Indian journal of veterinary science and animal husbandry - Volumes 26-27, 1956-1957
Year: 1956
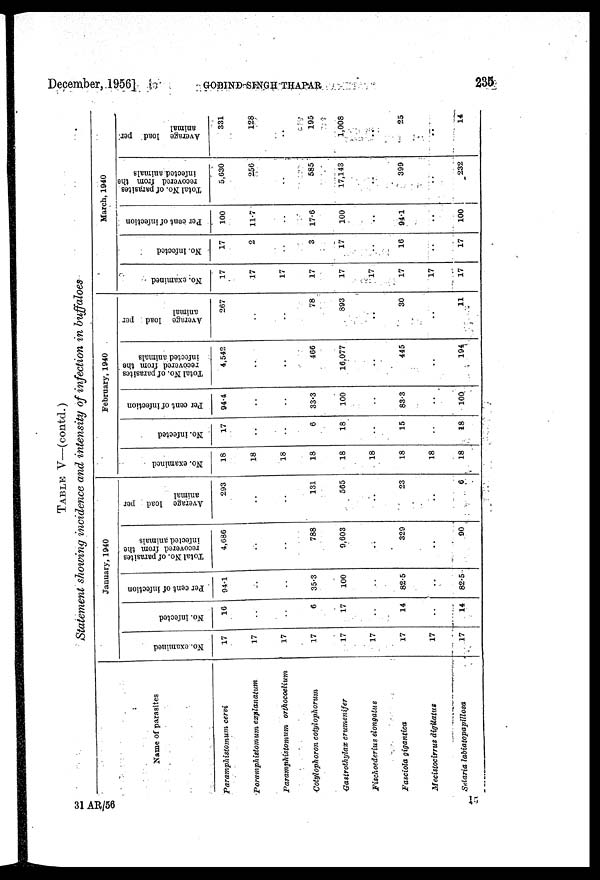
December,
1956]
GOBIND
SINGH
THAPAR
235
TABLE V—(contd.)
Statement showing incidence and intensity of infection in buffaloes
Name of parasites
Paramphistomum cervi
Poramphistomum
explanatum
Paramphistomum
orthocoelium
Cotylophoron cotylophorum
Gastrothylax crumenifer
Fischoederius elongatus
Fasciola gigantica
Mecistocirrus digitatus
Setaria labiatopapillosa
January, 1940
No. examined
17
17
17
17
17
17
17
17
17
No. infected
16
..
..
6
17
..
14
..
14
Per cent of infection
94.1
..
..
35.3
100
..
82.5
..
82.5
Total No. of parasites
recovered from the
infected animals
4,686
..
..
788
9,603
..
329
..
90
Average load per
animal
293
..
..
131
565
..
23
..
6
February, 1940
No. examined
18
18
18
18
18
18
18
18
18
No. infected
17
..
..
6
18
..
15
..
18
Per cent of infection
94.4
..
..
33.3
100
..
83.3
..
100
Total No. of parasites
recovered from the
infected animals
4,542
..
..
466
16,077
..
445
..
194
Average load per
animal
267
..
..
78
893
..
30
..
11
March, 1940
No. examined
17
17
17
17
17
17
17
17
17
No. infected
17
2
..
3
17
..
16
..
17
Per cent of infection
100
11.7
..
17.6
100
..
94.1
..
100
Total No. of parasites
recovered from the
infected animals
5,630
256
..
585
17,143
..
399
..
232
Average load per.
animal
331
128
..
195
1,008
..
25
..
14
51
AR/56
15